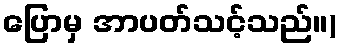
ပြောမှ အာပတ်သင့်သည်။)